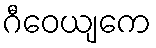
ဂီဝေယျကေ